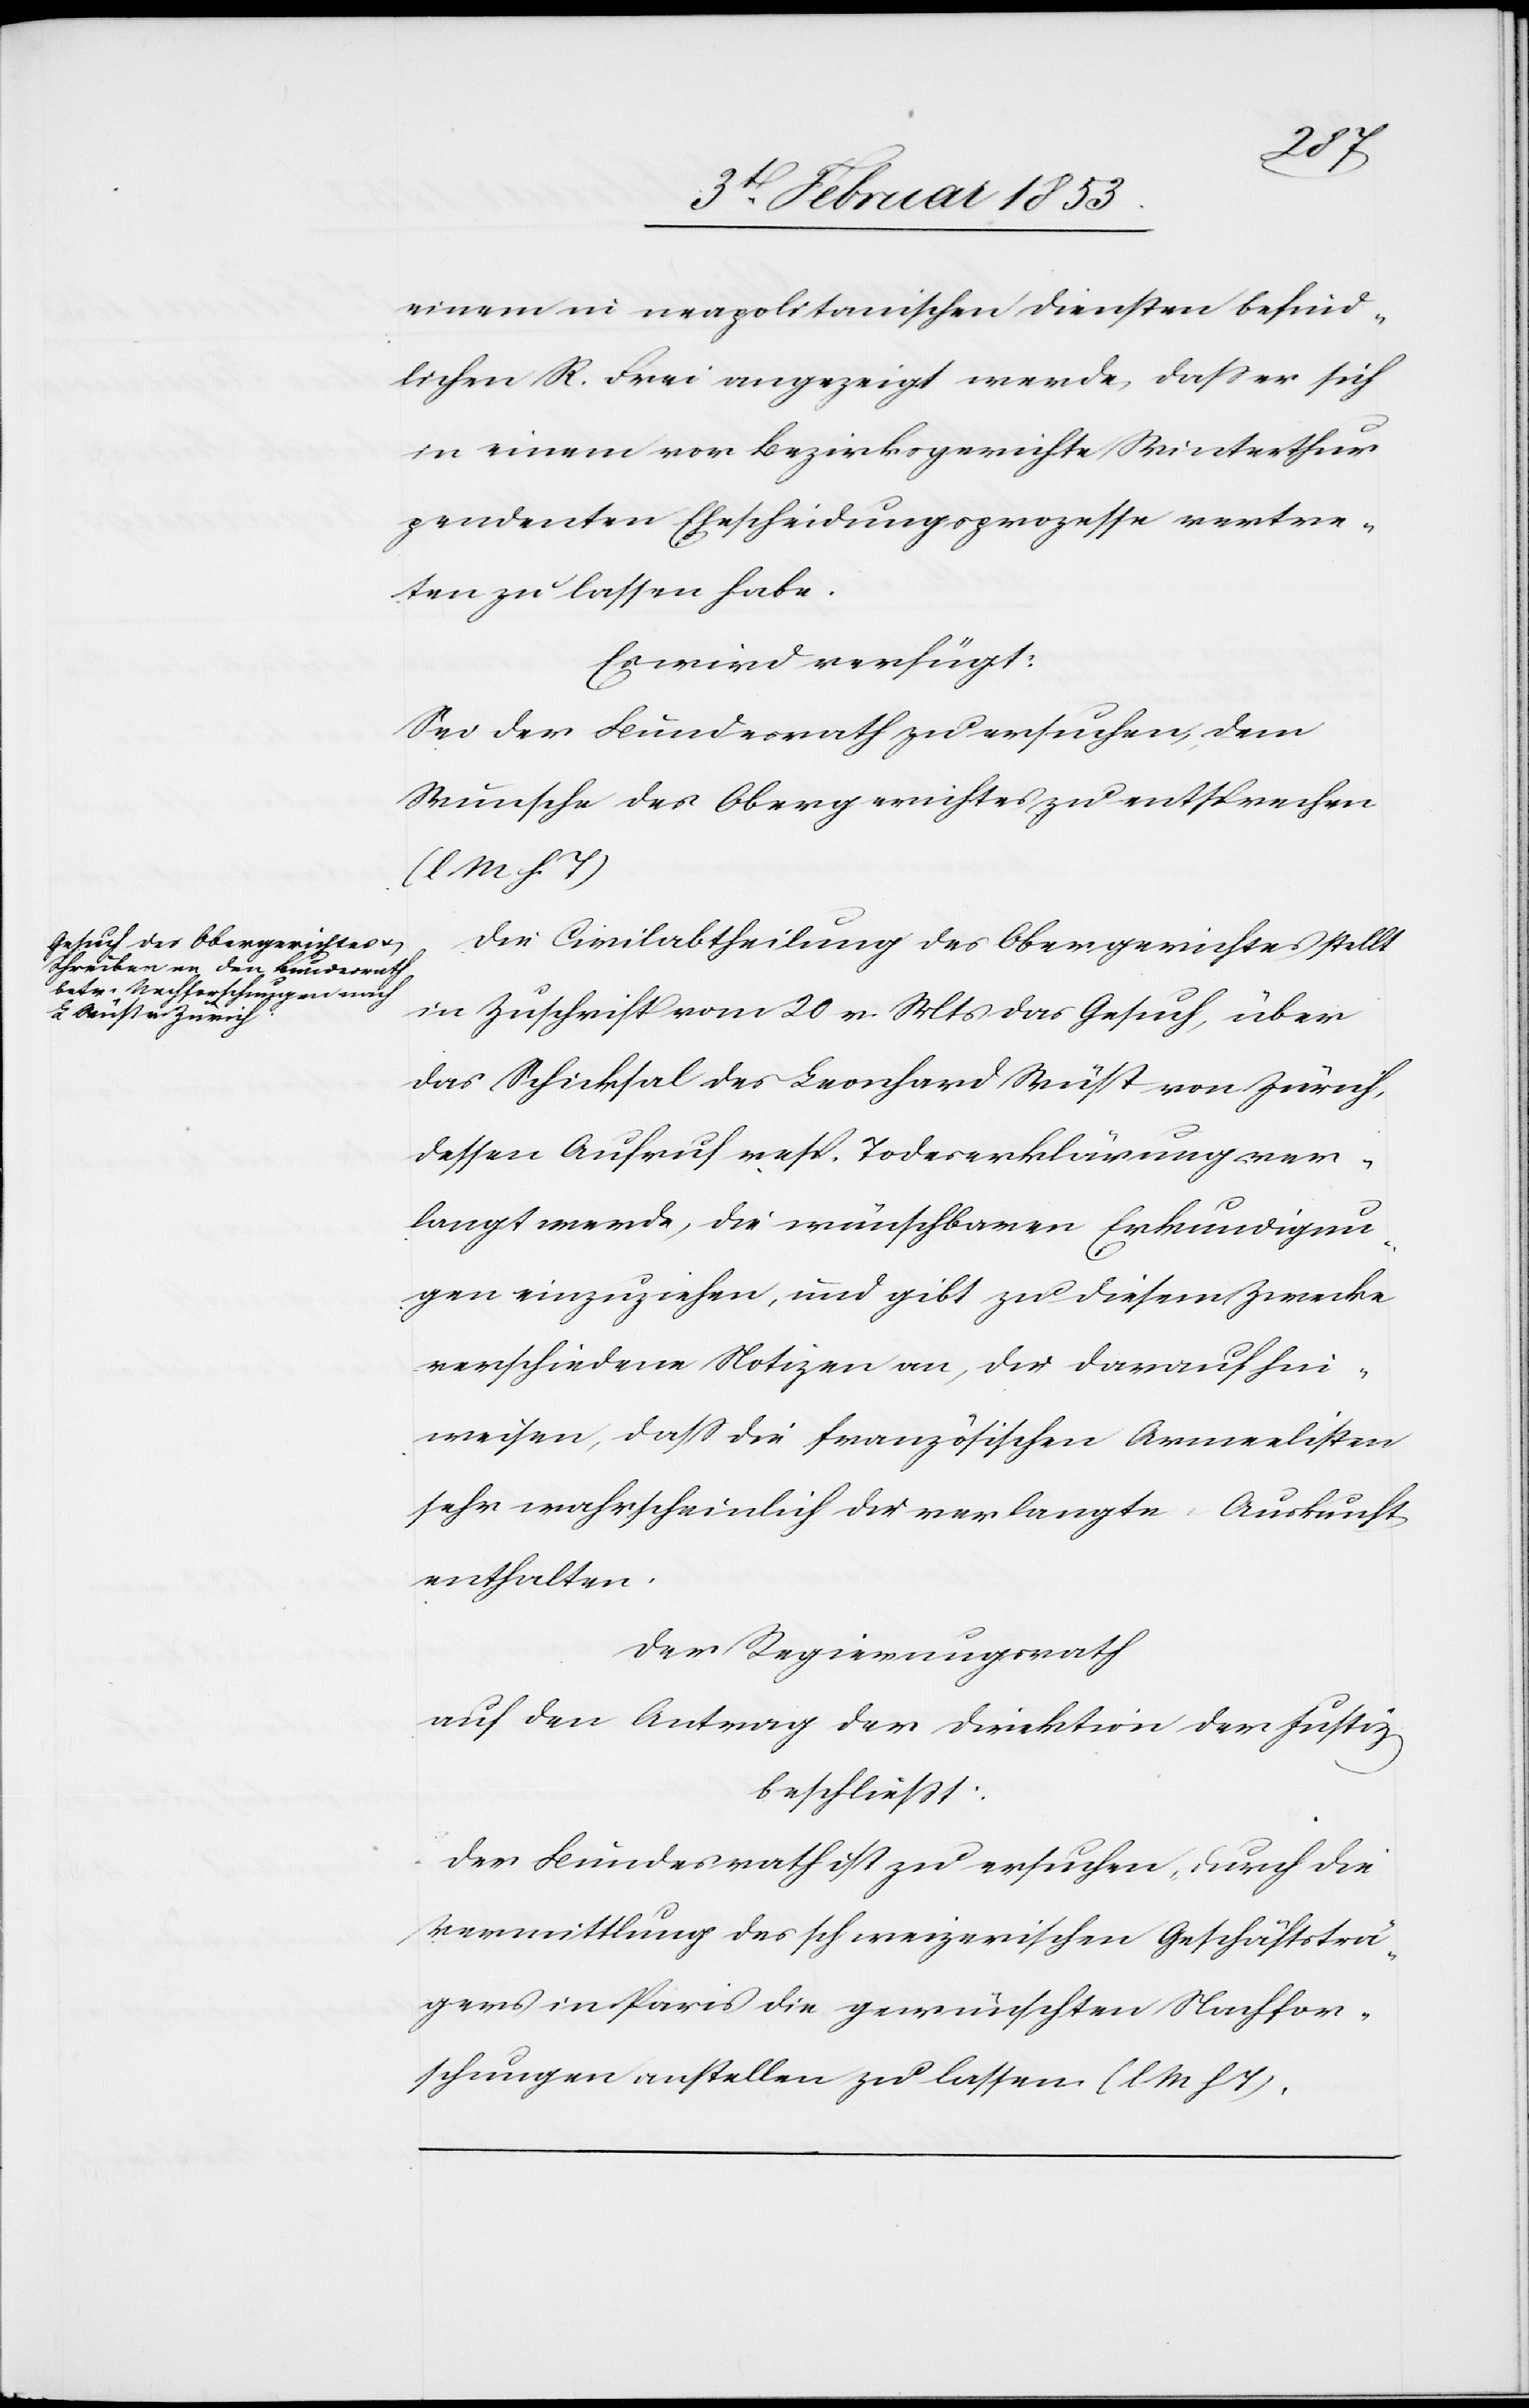
4 Februar 1853]
einem in neapolitanischen Diensten befind¬
lichen K. Frei angezeigt werde, daß er sich
in einem vor Bezirksgerichte Winterthur
pendenten Ehescheidungsprozesse vertre¬
ten zu lassen habe.
Es wird verfügt:
Sei der Bundesrath zu ersuchen, dem
Wunsche des Obergerichtes zu entsprechen
[l. M. h. T]
Die Civilabtheilung des Obergerichtes stellt
in Zuschrift vom 20 v. Mts. das Gesuch, über
das Schicksal des Leonhard Wüst von Zürich,
dessen Aufruf resp. Todeserklärung ver¬
langt werde, die wünschbaren Erkundigun¬
gen einzuziehen, und gibt zu diesem Zwecke
verschiedene Notizen an, die darauf hin¬
weisen, daß die französischen Armeelisten
sehr wahrscheinlich die verlangte Auskunft
enthalten.
Der Regierungsrath
auf den Antrag den Direktion der Justiz
beschließt:
Der Bundesrath zu ersuchen, durch die
Vermittlung des schweizerischen Geschäftsträ¬
gers in Paris die gewünschten Nachfor¬
schung anstellen zu lassen [l. M. h. T]